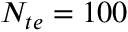
N _ { t e } = 1 0 0